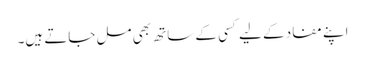
اپنے مفاد کے لیے کسی کے ساتھ بھی مل جاتے ہیں۔